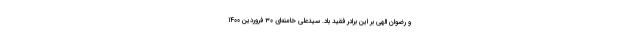
و رضوان الهی بر این برادر فقید باد. سیّدعلی خامنه‌ای ۳۰ فروردین ۱۴۰۰